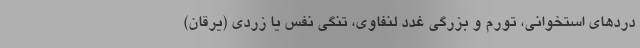
دردهای استخوانی، تورم و بزرگی غدد لنفاوی، تنگی نفس یا زردی (یرقان)